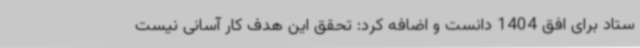
ستاد برای افق 1404 دانست و اضافه کرد: تحقق این هدف کار آسانی نیست